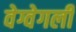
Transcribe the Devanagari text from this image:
वेग्वेगली